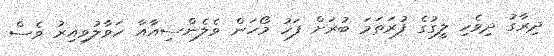
ދިރާގު ދިވެހި ލީގުގެ ފުރަތަމަ ބުރަށް ފަހު މޯހަން ވެލެންސިއާއާ ހަވާލުވިއިރު ވެސް